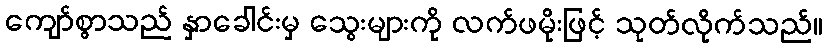
ကျော်စွာသည် နှာခေါင်းမှ သွေးများကို လက်ဖမိုးဖြင့် သုတ်လိုက်သည်။